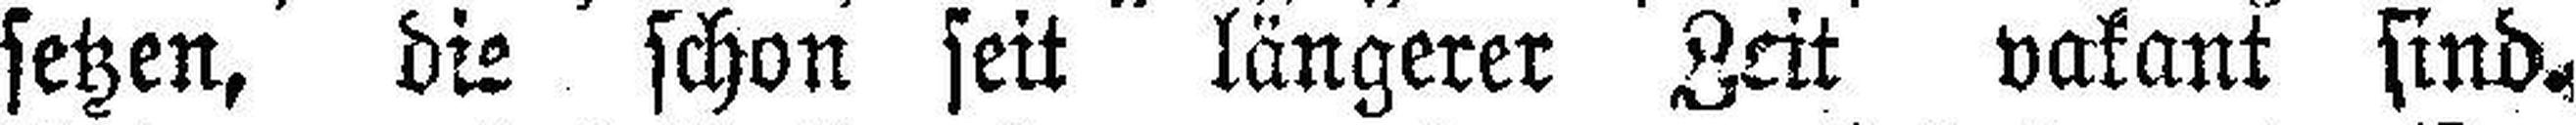
setzen, die schon seit längerer Zeit vakant sind.